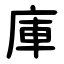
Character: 庫